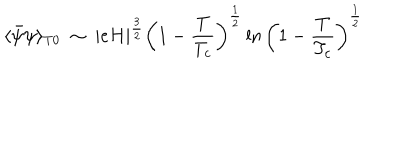
\langle \bar { \psi } \psi \rangle _ { T 0 } ~ \sim ~ \vert e H \vert ^ { \frac { 3 } { 2 } } \left( 1 - \frac { T } { T _ { c } } \right) ^ { \frac { 1 } { 2 } } \ln \left( 1 - \frac { T } { T _ { c } } \right) ^ { \frac { 1 } { 2 } }